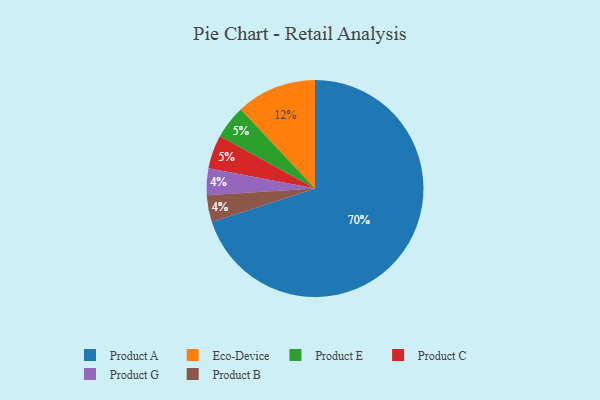
{"axis": {"x": "Category", "y": "Percentage"}, "legend": ["Eco-Device", "Product A", "Product B", "Product C", "Product E", "Product G"], "data": [{"x": "Eco-Device", "y": 12, "type": "Eco-Device"}, {"x": "Product A", "y": 70, "type": "Product A"}, {"x": "Product G", "y": 4, "type": "Product G"}, {"x": "Product E", "y": 5, "type": "Product E"}, {"x": "Product C", "y": 5, "type": "Product C"}, {"x": "Product B", "y": 4, "type": "Product B"}]}